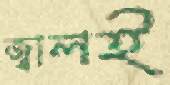
জ্বালই